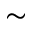
\sim